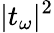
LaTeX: |t_{\omega}|^{2}